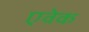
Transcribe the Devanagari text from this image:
एवेक